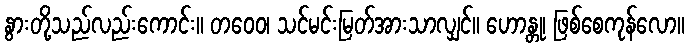
နွားတို့သည်လည်းကောင်း။ တဝေဝ၊ သင်မင်းမြတ်အားသာလျှင်။ ဟောန္တု၊ ဖြစ်စေကုန်လော။